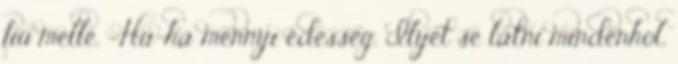
fiú mellé. -Hú-ha mennyi édesség. Ilyet se látni mindenhol,